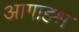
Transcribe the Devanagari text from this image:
आगाहश्र